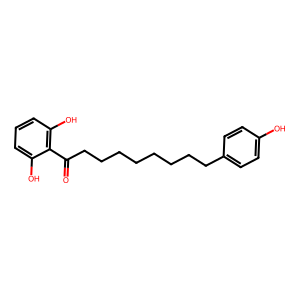
SMILES: O=C(CCCCCCCCc1ccc(O)cc1)c1c(O)cccc1O
Inhibits HIV replication: No